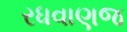
રધવાણજ